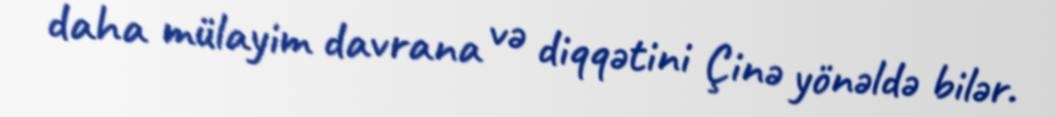
daha mülayim davrana və diqqətini Çinə yönəldə bilər.